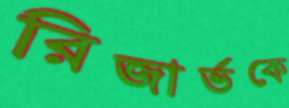
রিজার্ভকে